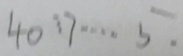
4 0 : 7 \cdots 5 .